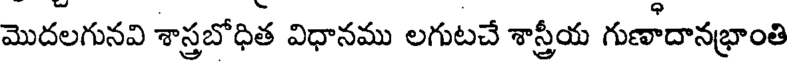
మొదలగునవి శాస్త్రబోధిత విధానము లగుటచే శాస్త్రీయ గుణాదానభ్రాంతి